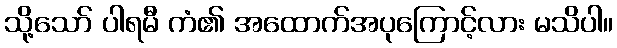
သို့သော် ပါရမီ ကံ၏ အထောက်အပုကြောင့်လား မသိပါ။